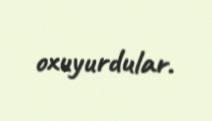
oxuyurdular.